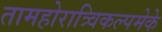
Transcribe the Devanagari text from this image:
तामहोरात्र्विकल्पमेके